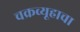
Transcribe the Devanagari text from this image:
चक्रव्यूहाचा